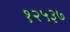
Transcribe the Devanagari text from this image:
१२५३७